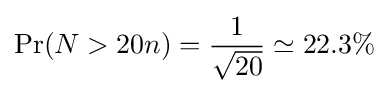
\Pr(N>20n)={\frac {1}{\sqrt {20}}}\simeq 22.3\%